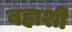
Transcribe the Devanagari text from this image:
बहाशी